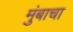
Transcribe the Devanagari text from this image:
मुंबाचा